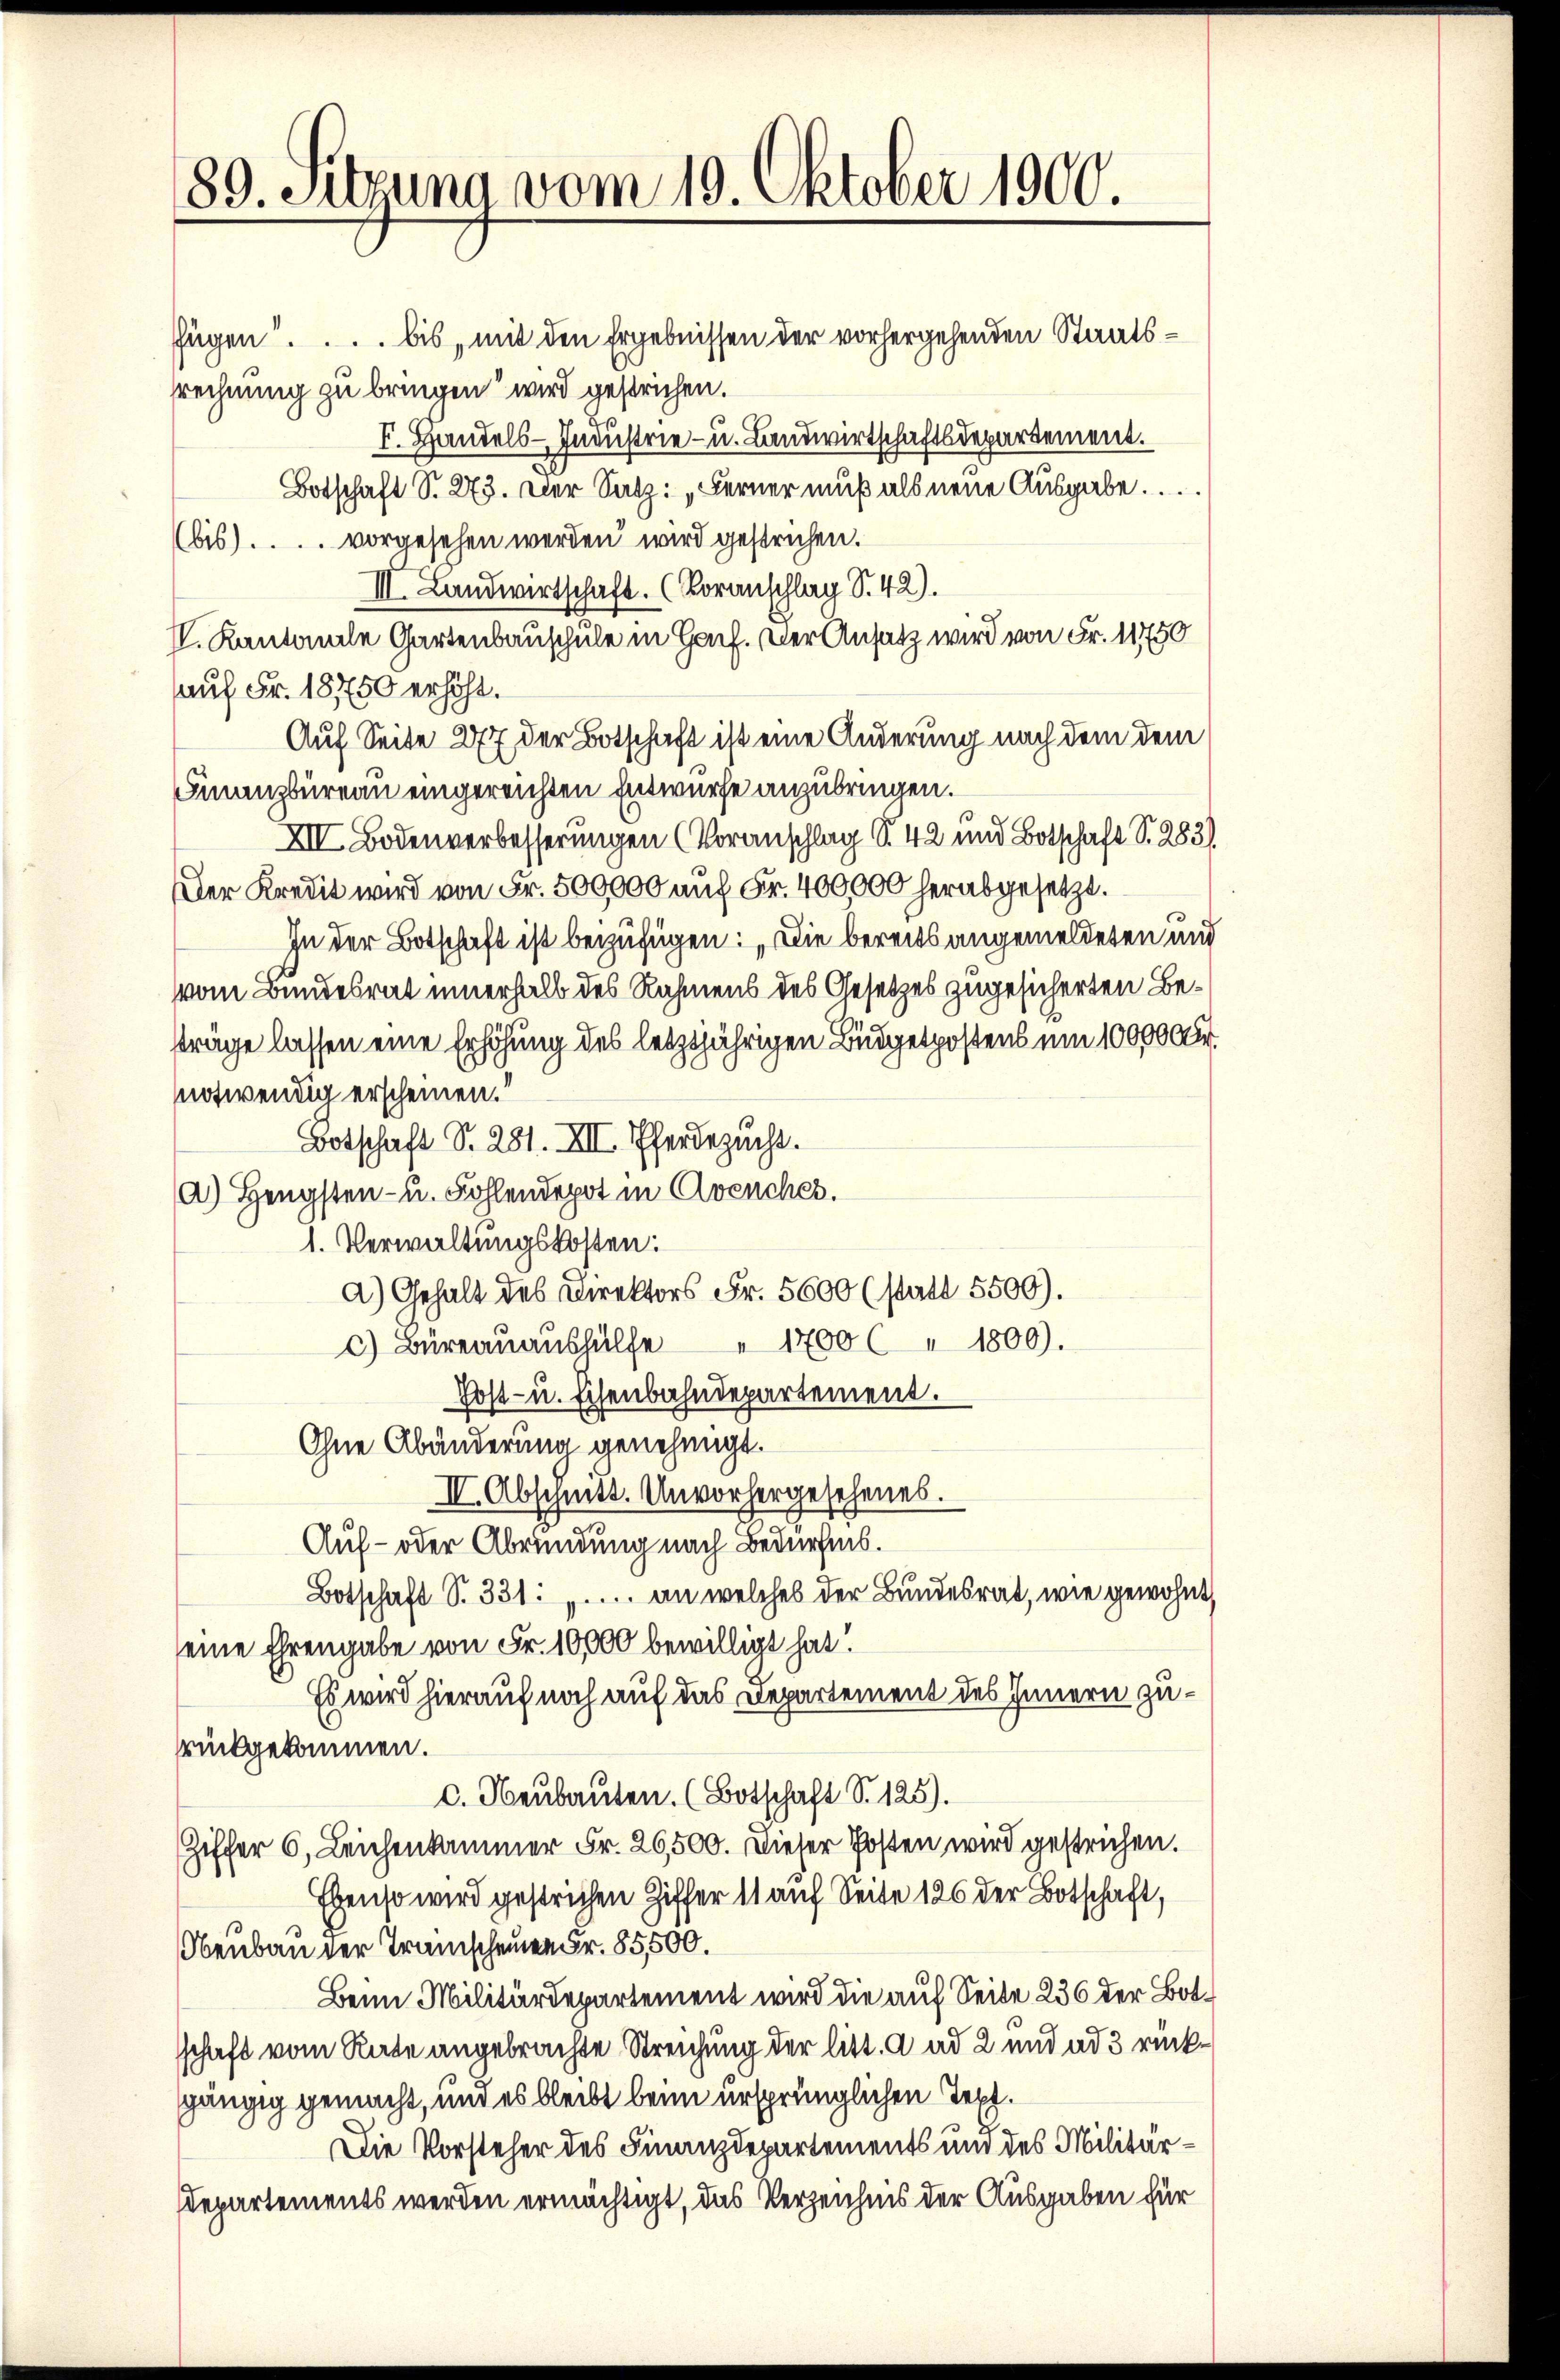
89. Sitzung vom 19. Oktober 1900.

fügen .... bis mit den Ergebnissen der vorhergehenden Staatsrrechnung zu bringen wird gestrichen.
I. Handels-Industrie- u. Landwirtschaftsdepartement.
Botschaft S. 273. Der Satz: „Ferner muß als neue Ausgabe.
(bis) . . . . vorgesehen werden wird gestrichen.
II. Landwirtschaft. (Voranschlag S. 42).
V. Kantonale Gartenbauschule in Honf. Der Ansatz wird von Fr. 11750
auf Fr. 18750 erhöht.
Auf Seite 277 der Botschaft ist eine Änderung nach dem dem
Finanzbüreau eingereichten Entwurfe anzubringen.
XII Bodenverbesserungen (Voranschlag S. 42 und Botschaft S. 283)
Der Kredit wird von Fr. 500000 auf Fr. 400000 herabgesetzt.
In der Botschaft ist beizufügen: „Die bereits angemeldeten und
vom Bundesrat innerhalb des Rahmens des Gesetzes zugesicherten Beträge lassen eine Erhöhung des letztjährigen Büdgetpostens um 100000 Fr.
notwendig erscheinen.“
Botschaft S. 281. XII. Pferdezucht.
a) Hengsten- u. Fohlendepot in Avenches.
1. Verwaltungskosten:
a) Gehalt des Direktors Fr. 5600 (statt 5500).
c) Büreaŭaŭshülfe " 1700 l " 1800).
Post- u. Eisenbahndepartement.
Ohne Abänderung genehmigt.
II. Abschnitt. Unvorhergesehenes.
Auf- oder Abründung nach Bedürfnis.
Botschaft S. 331: ".... an welches der Bundesrat, wie gewohnt,
seine Ehrengabe von Fr. 10,000 bewilligt hat.
Es wird hierauf noch auf das Departement des Innern zurückgekommen.
c. Neubauten. (Botschaft S. 125).
Ziffer 6. Leichenkammer Fr. 26,500. Dieser Posten wird gestrichen.
Ebenso wird gestrichen Ziffer 11 auf Seite 186 der Botschaft,
Obenbau der Transcheinen Fr. 85500.
Beim Militärdepartement wird die auf Seite 236 der Botschaft vom Rate angebrachte Streichung der litt. a ad 2 und ad 3 rückgängig gemacht, und es bleibt beim ursprünglichen Text.
Die Vorsteher des Finanzdepartements und des Militär¬
Departements werden ermächtigt, das Verzeichnis der Ausgaben für